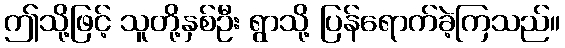
ဤသို့ဖြင့် သူတို့နှစ်ဦး ရွာသို့ ပြန်ရောက်ခဲ့ကြသည်။